Vaccination in Bombay 1902-1912 - 1902-1912
Year: 1902
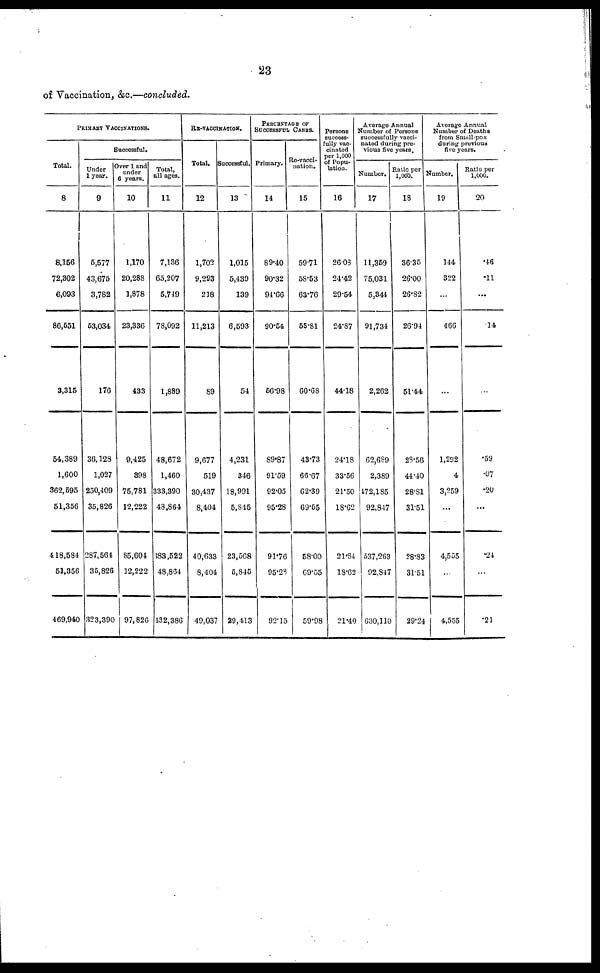
23
of Vaccination, &c.—concluded.
PRIMARY VACCINATIONS.
Total.
8
8,156
72,302
6,093
86,551
3,315
54,389
1,600
362,695
51,356
418,584
51,356
469,940
Successful.
Under
1 year.
9
5,577
43,675
3,782
53,034
176
36,128
1,027
250,409
35,826
287,564
35,826
323,390
Over 1 and
under
6 years.
10
1,170
20,288
1,878
23,336
433
9,425
398
75,781
12,222
85,604
12,222
97,826
Total,
all ages.
11
7,136
65,207
5,749
78,092
1,889
48,672
1,460
333,390
48,864
383,522
48,864
432,386
RE-VACCINATION.
Total.
12
1,702
9,293
218
11,213
89
9,677
519
30,437
8,404
40,633
8,404
49,037
Successful.
13
1,015
5,439
139
6,593
54
4,231
346
18,991
5,845
23,568
5,845
29,413
PERCENTAGE OF
SUCCESSFUL CASES.
Primary.
14
89.40
90.32
94.66
90.54
56.98
89.87
91.59
92.05
95.28
91.76
95.23
92.15
Re-vacci¬
nation.
15
59.71
58.53
63.76
58.81
60.68
43.73
66.67
62.39
69.55
58.00
69.55
59.98
Persons
success-
fully vac-
cinated
per 1,000
of Popu-
lation.
16
26.08
24.42
29.54
24.87
44.18
24.18
33.56
21.50
18.62
21.84
18.62
21.40
Average Annual
Number of Persons
successfully vacci-
nated during pre-
vious five years.
Number.
17
11,359
75,031
5,344
91,734
2,262
62,689
2,389
472,185
92,847
537,263
92,847
630,110
Ratio per
1,000.
18
36.35
26.00
26.82
26.94
51.44
28.56
44.40
28.81
31.51
28.83
31.51
29.24
Average Annual
Number of Deaths
from Small-pox
during previous
five years.
Number.
19
144
322
...
466
...
1,292
4
3,259
...
4,555
...
4,555
Ratio per
1,000.
20
.46
.11
...
.14
...
.59
.07
.20
...
.24
...
.21